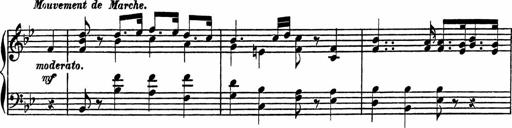
Title: 4 Piano Sonatinas
Composer: Adam Geibel